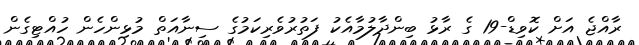
ރާއްޖެ އަށް ކޮވިޑް-19 ގެ ރާޅު ބިންދާލުމާއެކު ފަތުރުވެރިކަމުގެ ސިނާއަތް މުޅިންހެން ހުއްޓިގެން